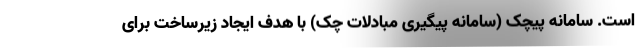
است. سامانه پیچک (سامانه پیگیری مبادلات چک) با هدف ایجاد زیرساخت برای